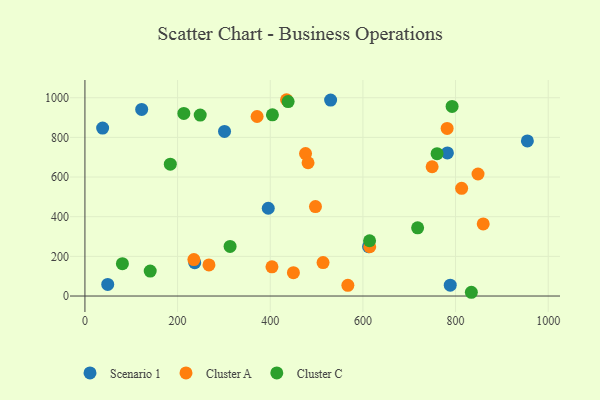
{"axis": {"x": "Distance", "y": "Profit"}, "legend": ["Cluster A", "Cluster C", "Scenario 1"], "data": [{"x": "38.2", "y": 847.1, "type": "Scenario 1"}, {"x": "49.2", "y": 58.5, "type": "Scenario 1"}, {"x": "237.0", "y": 168.1, "type": "Scenario 1"}, {"x": "955.0", "y": 782.3, "type": "Scenario 1"}, {"x": "788.5", "y": 54.9, "type": "Scenario 1"}, {"x": "301.3", "y": 829.9, "type": "Scenario 1"}, {"x": "122.5", "y": 941.1, "type": "Scenario 1"}, {"x": "782.4", "y": 721.8, "type": "Scenario 1"}, {"x": "530.3", "y": 988.0, "type": "Scenario 1"}, {"x": "612.2", "y": 248.7, "type": "Scenario 1"}, {"x": "395.7", "y": 442.6, "type": "Scenario 1"}, {"x": "267.7", "y": 156.7, "type": "Cluster A"}, {"x": "435.2", "y": 989.9, "type": "Cluster A"}, {"x": "497.6", "y": 451.3, "type": "Cluster A"}, {"x": "403.7", "y": 147.3, "type": "Cluster A"}, {"x": "813.1", "y": 543.2, "type": "Cluster A"}, {"x": "749.4", "y": 651.8, "type": "Cluster A"}, {"x": "781.8", "y": 845.2, "type": "Cluster A"}, {"x": "567.5", "y": 53.8, "type": "Cluster A"}, {"x": "371.6", "y": 905.4, "type": "Cluster A"}, {"x": "476.2", "y": 718.1, "type": "Cluster A"}, {"x": "235.2", "y": 183.6, "type": "Cluster A"}, {"x": "859.7", "y": 363.4, "type": "Cluster A"}, {"x": "614.7", "y": 248.6, "type": "Cluster A"}, {"x": "848.5", "y": 615.3, "type": "Cluster A"}, {"x": "514.0", "y": 168.7, "type": "Cluster A"}, {"x": "450.0", "y": 117.8, "type": "Cluster A"}, {"x": "481.6", "y": 672.1, "type": "Cluster A"}, {"x": "438.6", "y": 980.4, "type": "Cluster C"}, {"x": "213.5", "y": 920.6, "type": "Cluster C"}, {"x": "248.8", "y": 912.4, "type": "Cluster C"}, {"x": "80.9", "y": 162.9, "type": "Cluster C"}, {"x": "834.1", "y": 18.9, "type": "Cluster C"}, {"x": "313.3", "y": 250.2, "type": "Cluster C"}, {"x": "760.1", "y": 717.6, "type": "Cluster C"}, {"x": "718.1", "y": 344.1, "type": "Cluster C"}, {"x": "614.4", "y": 278.8, "type": "Cluster C"}, {"x": "140.9", "y": 125.8, "type": "Cluster C"}, {"x": "404.7", "y": 913.9, "type": "Cluster C"}, {"x": "184.3", "y": 665.1, "type": "Cluster C"}, {"x": "792.5", "y": 955.9, "type": "Cluster C"}]}